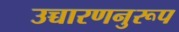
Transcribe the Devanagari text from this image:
उच्चारणनुरूप